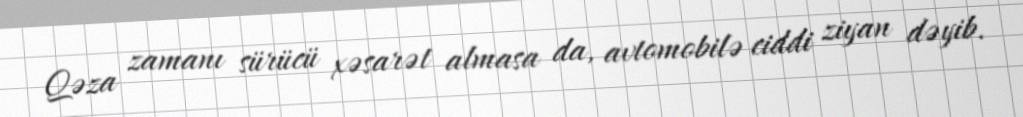
Qəza zamanı sürücü xəsarət almasa da, avtomobilə ciddi ziyan dəyib.